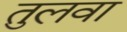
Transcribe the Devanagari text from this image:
तुलवा